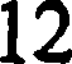
12